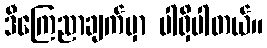
ဒီကြေညာချက်မှာ ပါရှိပါတယ်။